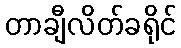
တာချီလိတ်ခရိုင်